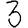
Digit: 3